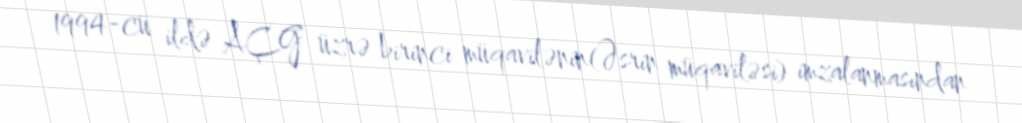
1994-cü ildə AÇG üzrə birinci müqavilənin(Əsrin müqaviləsi) imzalanmasından